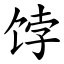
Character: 饽